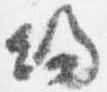
帰